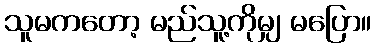
သူမကတော့ မည်သူ့ကိုမျှ မပြော။